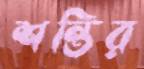
শন্তির